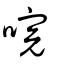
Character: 唍